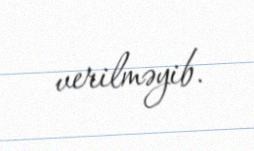
verilməyib.